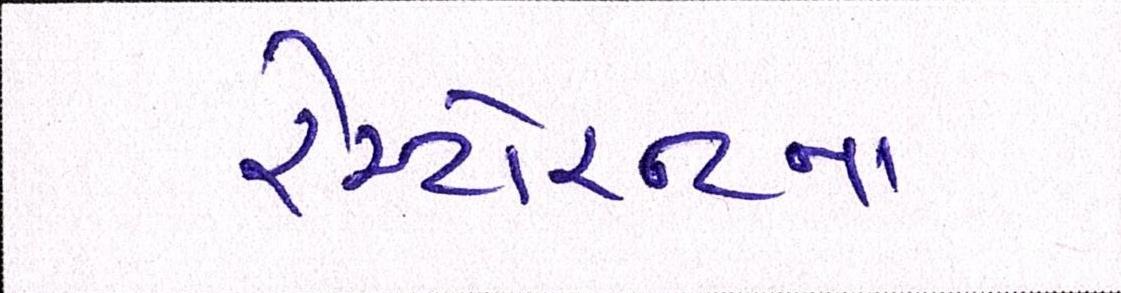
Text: રેસ્ટોરન્ટનાં